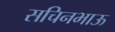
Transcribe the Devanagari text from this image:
सचिनभाऊ